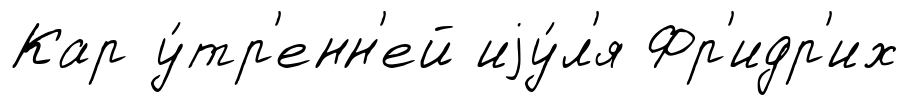
Кар у́тр'енн'ей иjу́л'я Фр'идр'их